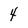
Character: 4